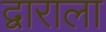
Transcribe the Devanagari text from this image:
द्वाराला